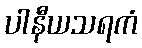
ပါနီယသရကံ